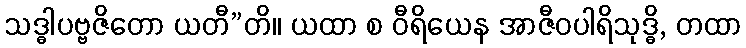
သဒ္ဓါပဗ္ဗဇိတော ယတီ”တိ။ ယထာ စ ဝီရိယေန အာဇီဝပါရိသုဒ္ဓိ, တထာ